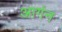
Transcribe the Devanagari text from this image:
आगंन